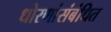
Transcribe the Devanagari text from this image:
धोरणांसंबंधित